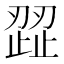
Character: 歰